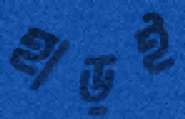
হাড়ই